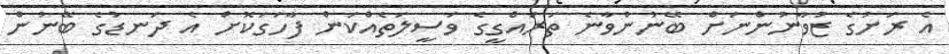
އެ ރަށުގެ ޒުވާނުންނަށް ބޭނުންވާނެ ތަރައްގީގެ ވަސީލަތެއްކަން ފާހަގަކޮށް އެ ދަނޑުގެ ބޭނުން